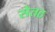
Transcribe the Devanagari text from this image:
सेतठ